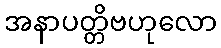
အနာပတ္တိဗဟုလော